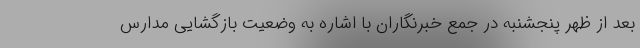
بعد از ظهر پنجشنبه در جمع خبرنگاران با اشاره به وضعیت بازگشایی مدارس